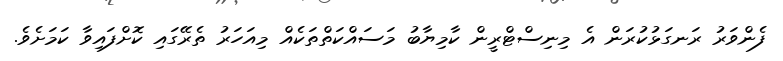
ފެންވަރު ރަނގަޅުކުރަން އެ މިނިސްޓްރީން ކާމިޔާބު މަސައްކަތްތަކެއް މިއަހަރު ތެރޭގައި ކޮށްފައިވާ ކަމަށެވެ.